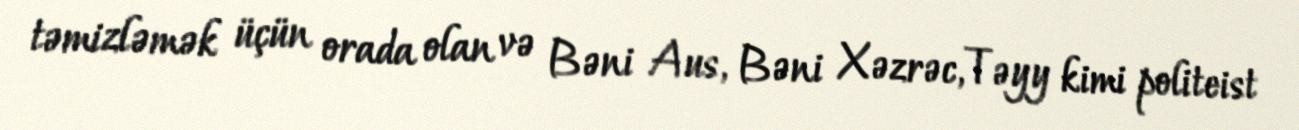
təmizləmək üçün orada olan və Bəni Aus, Bəni Xəzrəc, Təyy kimi politeist